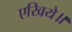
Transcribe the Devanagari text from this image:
एखिये॥